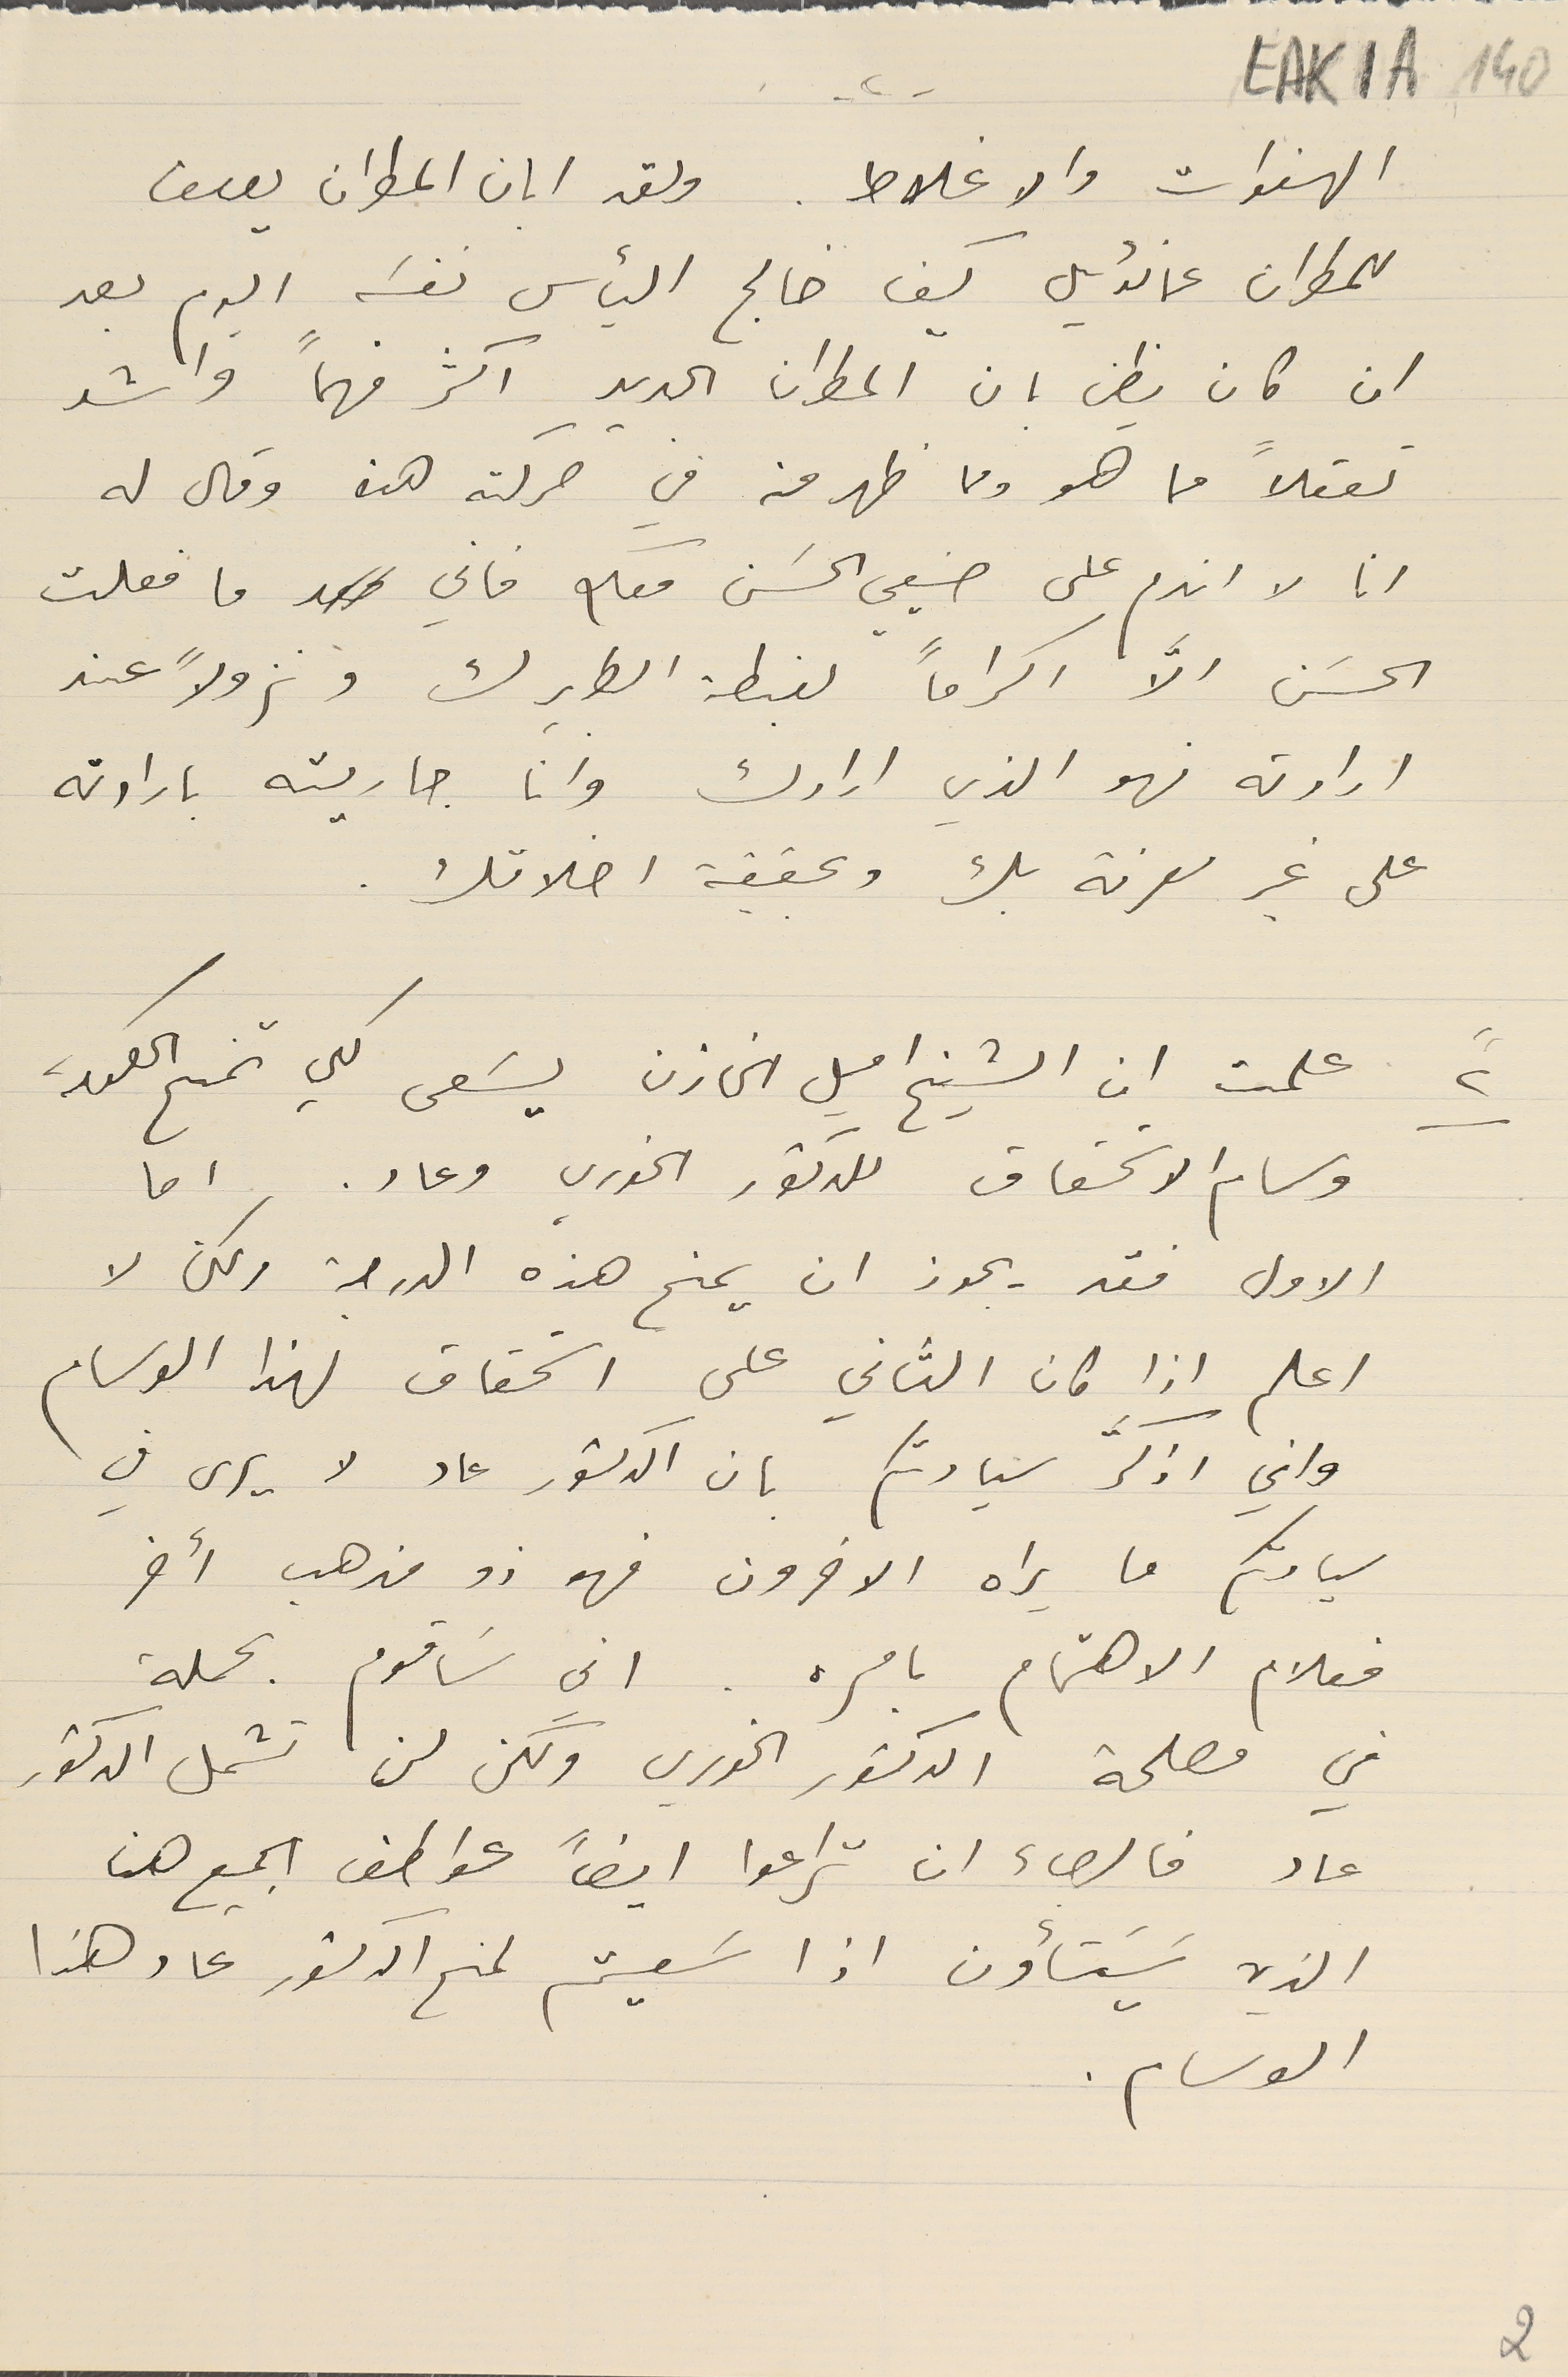
EAK1A-140
الهفوات والاغلاط. ولقد ابان المطران يوسف
للمطران عمانوئيل كيف خالج اليأس نفسَه اليوم بعد
ان كان يظن بان المطران الجديد اكثر فهماً واشد
تعقلاً مما هو ومما ظهر منه في حركته هذه وقال له
انا لا اندم على صنيعي الحسَن معكم فاني ما فعلت
 الحسَن الاّ اكراماً لغبطة الطريرك ونزولاً عند
ارادته فهو الذي ارادك وانا جاريته بارادته
على غير معرفة بك وبحقيقة اخلاقك.
علمت ان الشيخ اميل الخازن يسَعى لكي تمنح الحكومة
وسام الاسَتحقاق للدكتور الخوري وعاد. اما
الاول فقد يجوز ان يمنح هذه الدرجة ولكن لا
اعلم اذا كان الثاني على استحقاق لهذا الوسام
واني اذكَّر سيادتكم بان الدكتور عاد لا يرى في
سيادتكم ما يراه الاخرون فهو ذو مذهب أخر
فعلام الاهتمام بامره . اني سَاقوم بحملة
في مصلحة الدكتور الخوري ولكن لن تشمل الدكتور
عاد فالرجاء ان تراعوا ايضاً عواطف الجميع هنا
الذي يَسَتأون اذا سَعيتم لمنح الدكتور عاد هذا
 الوسام.
٢"
2
-٢-